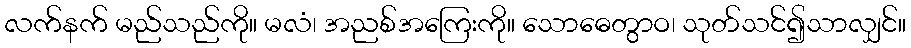
လက်နက် မည်သည်ကို။ မလံ၊ အညစ်အကြေးကို။ သောဓေတွာဝ၊ သုတ်သင်၍သာလျှင်။